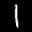
Label: 1